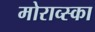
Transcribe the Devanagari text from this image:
मोराव्स्का